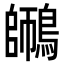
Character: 𪄜